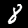
Digit: 8